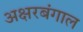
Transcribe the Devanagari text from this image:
अक्षरबंगाल